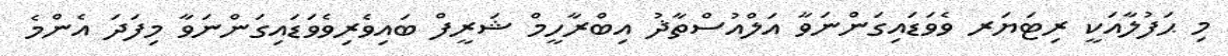
މި ޙަފުލާއަކީ ރިޓަޔަރ ވެވަޑައިގަންނަވާ އަލްއުސްތާޛު އިބްރާހީމް ޝަރީފް ބައިވެރިވެވަޑައިގަންނަވާ މިފަދަ އެންމެ